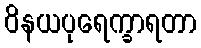
ဝိနယပုရေက္ခာရတာ